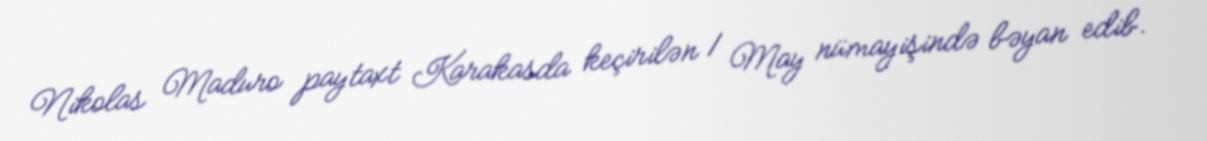
Nikolas Maduro paytaxt Karakasda keçirilən 1 May nümayişində bəyan edib.